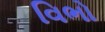
વિભો